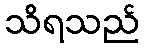
သိရသည်